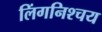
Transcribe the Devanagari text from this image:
लिंगनिश्चय